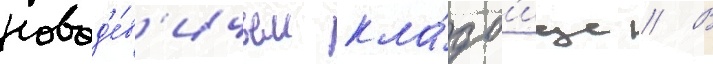
новод'е́в'ичьем кла́дб'ище // В